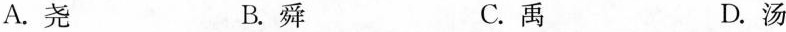
A.尧 B.舜 C.禹 D.汤